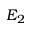
E _ { 2 }